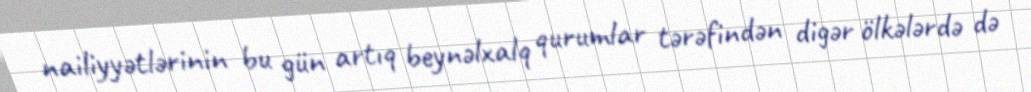
nailiyyətlərinin bu gün artıq beynəlxalq qurumlar tərəfindən digər ölkələrdə də